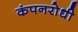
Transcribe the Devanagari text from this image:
कंपनरोधी